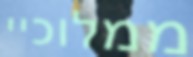
ממלוכיי